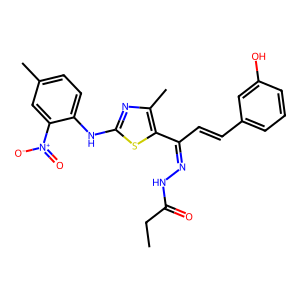
SMILES: CCC(=O)NN=C(C=Cc1cccc(O)c1)c1sc(Nc2ccc(C)cc2[N+](=O)[O-])nc1C
Inhibits HIV replication: No